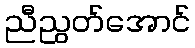
ညီညွတ်အောင်